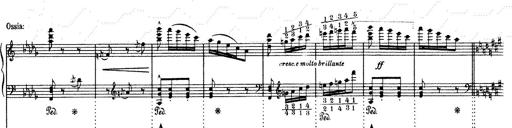
Title: Mephisto Waltz No.1
Composer: Franz Liszt